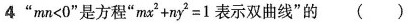
4”$$m n < 0$$”是方程”$$m